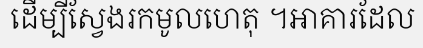
ដើម្បីស្វែងរកមូលហេតុ ។អាគារដែល